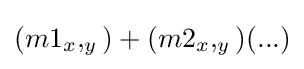
(m1_{x},_{y})+(m2_{x},_{y})(...)